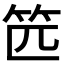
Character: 𰩰